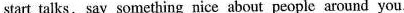
start talks,say something nice about people around you.